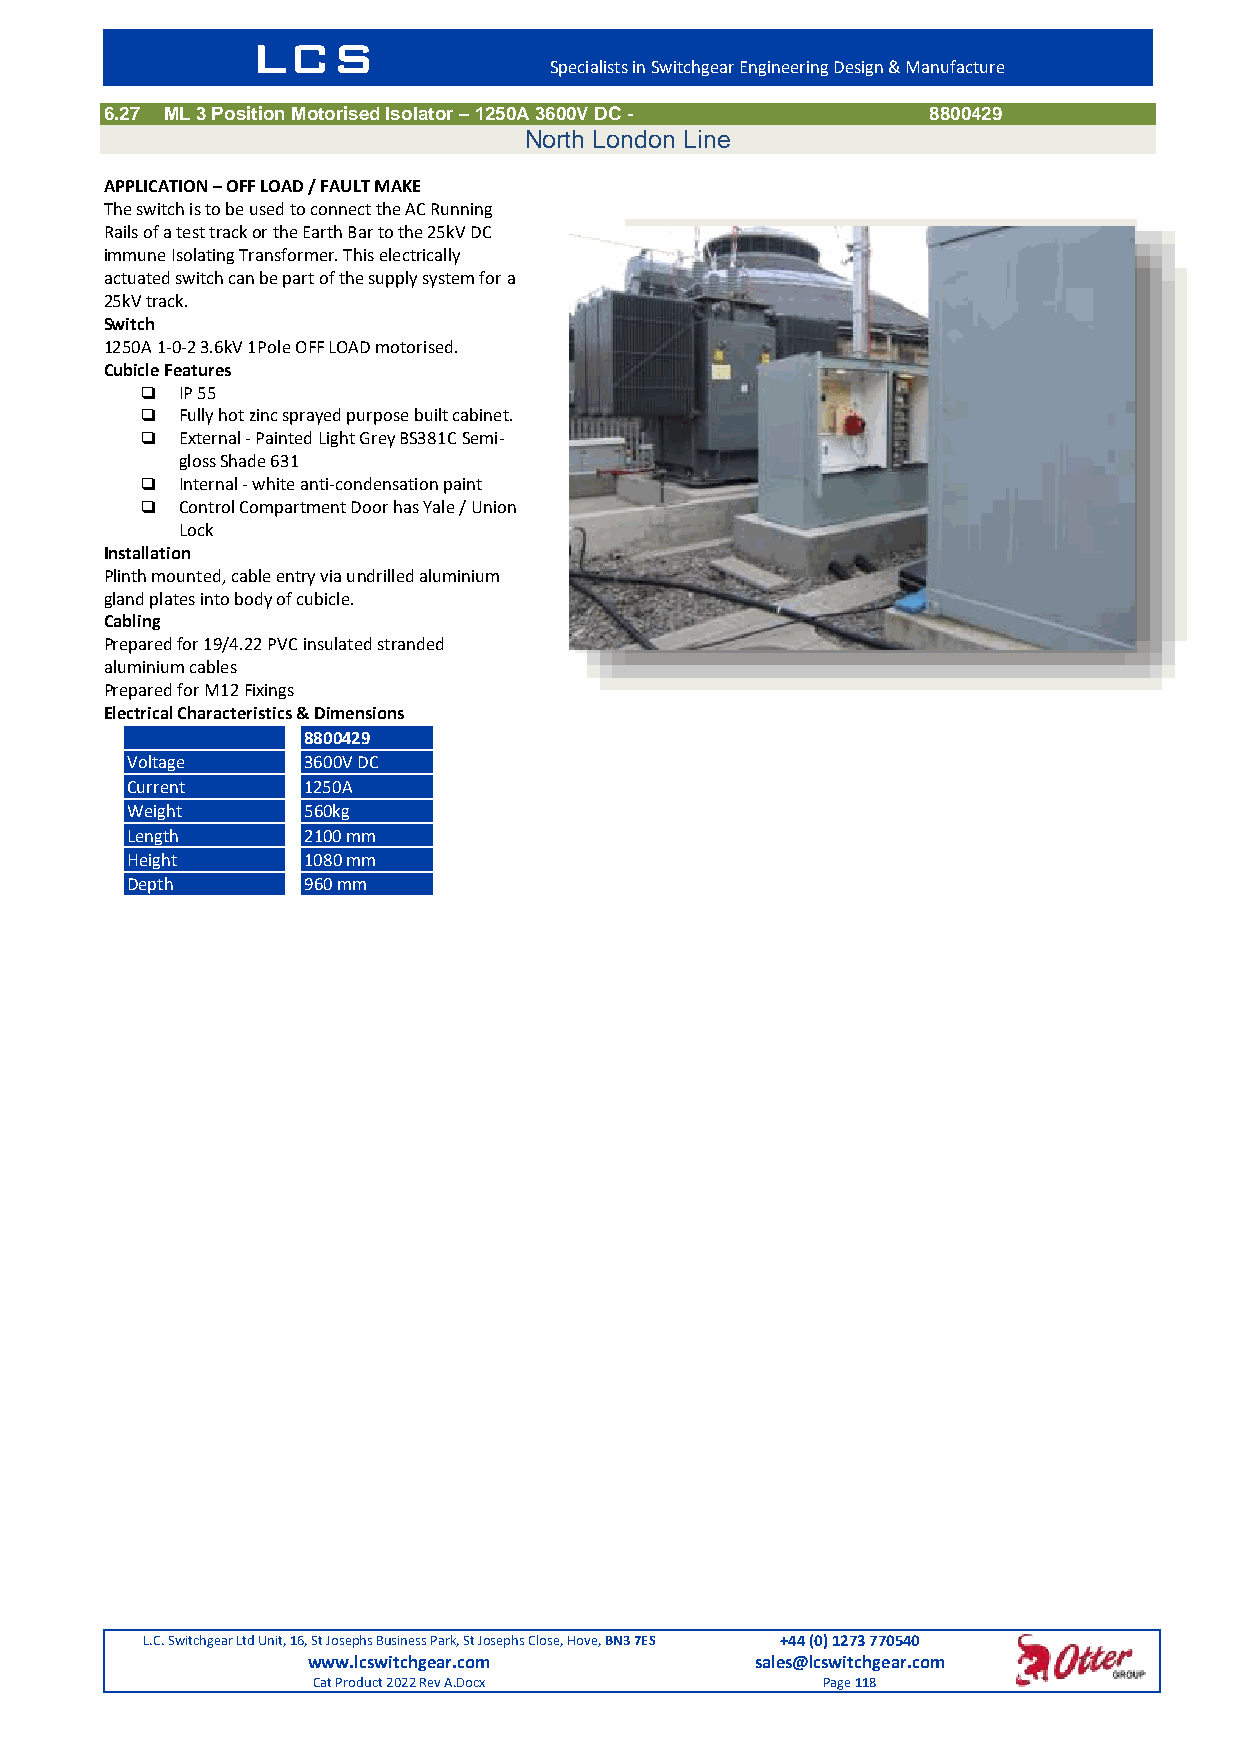
LCS
 Specialists in Switchgear Engineering Design & Manufacture
 6.27 ML 3 Position Motorised Isolator – 1250A 3600V DC - 8800429
 North London Line
 APPLICATION – OFF LOAD / FAULT MAKE
 The switch is to be used to connect the AC Running
 Rails of a test track or the Earth Bar to the 25kV DC
 immune Isolating Transformer. This electrically
 actuated switch can be part of the supply system for a
 25kV track.
 Switch
 1250A 1-0-2 3.6kV 1Pole OFF LOAD motorised.
 Cubicle Features
   IP 55
   Fully hot zinc sprayed purpose built cabinet.
   External - Painted Light Grey BS381C Semi-
 gloss Shade 631
   Internal - white anti-condensation paint
   Control Compartment Door has Yale / Union
 Lock
 Installation
 Plinth mounted, cable entry via undrilled aluminium
 gland plates into body of cubicle.
 Cabling
 Prepared for 19/4.22 PVC insulated stranded
 aluminium cables
 Prepared for M12 Fixings
 Electrical Characteristics & Dimensions
 8800429
 Voltage     3600V DC
 Current     1250A
 Weight      560kg
 Length      2100 mm
 Height      1080 mm
 Depth       960 mm
 L.C. Switchgear Ltd Unit, 16, St Josephs Business Park, St Josephs Close, Hove, BN3 7ES +44 (0) 1273 770540
 www.lcswitchgear.com          sales@lcswitchgear.com
 Cat Product 2022 Rev A.Docx      Page 118